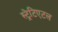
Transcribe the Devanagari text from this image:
स्ट्रेटिएटल